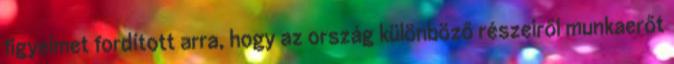
figyelmet fordított arra, hogy az ország különböző részeiről munkaerőt